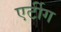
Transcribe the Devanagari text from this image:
एर्टीग